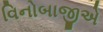
વિનોબાજીએ